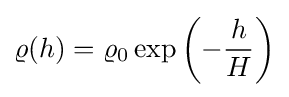
\varrho (h)=\varrho _{0}\exp \left(-{\frac {h}{H}}\right)